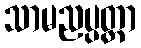
သာမညပ္ပတ္တာ